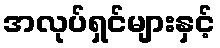
အလုပ်ရှင်များနှင့်